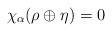
LaTeX: \begin{align*}\chi_\alpha(\rho\oplus\eta)=0\end{align*}